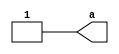
module logic_1_1 (
    output a
);
  assign a = 1;
endmodule